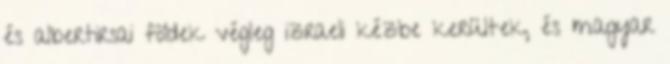
és albertirsai földek végleg izraeli kézbe kerültek, és magyar